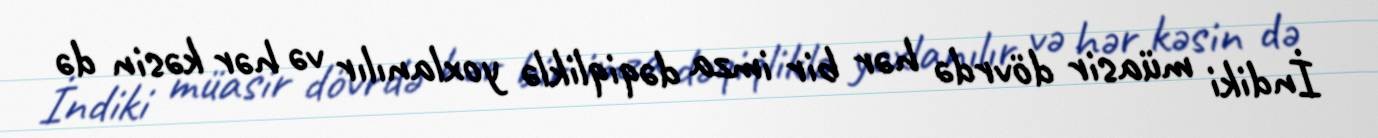
İndiki müasir dövrdə hər bir imza dəqiqliklə yoxlanılır və hər kəsin də